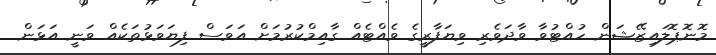
މޮނޮޕޮލައިޒޭޝަން ހުއްޓުވާ ވާދަވެރި ވިޔަފާރީގެ ވެއްޓެއް ގާއިމްކުރުމަށް އަވަސް ފިޔަވަޅުތަކެއް ވަނީ އަޅަން